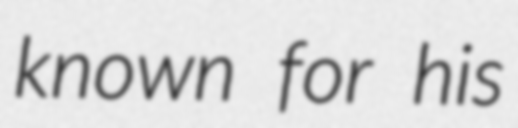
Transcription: known for his